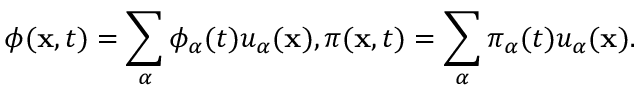
\phi ( { \bf x } , t ) = \sum _ { \alpha } \phi _ { \alpha } ( t ) u _ { \alpha } ( { \bf x } ) , \pi ( { \bf x } , t ) = \sum _ { \alpha } \pi _ { \alpha } ( t ) u _ { \alpha } ( { \bf x } ) .